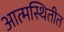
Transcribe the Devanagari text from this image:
आत्मस्थितीत